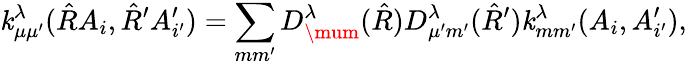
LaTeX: \operatorname{\mathit{k}}_{\mu\mu^{\prime}}^{\lambda}(\hat{{R}}A_{i},\hat{{R}}^{\prime}A_{i^{\prime}}^{\prime})=\sum_{mm^{\prime}}D_{\mum}^{\lambda}(\hat{{R}})D_{\mu^{\prime}m^{\prime}}^{\lambda}(\hat{{R}}^{\prime})\operatorname{\mathit{k}}_{mm^{\prime}}^{\lambda}(A_{i},A_{i^{\prime}}^{\prime}),